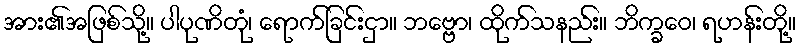
အား၏အဖြစ်သို့။ ပါပုဏိတုံ၊ ရောက်ခြင်းငှာ။ ဘဗ္ဗော၊ ထိုက်သနည်း။ ဘိက္ခဝေ၊ ရဟန်းတို့။